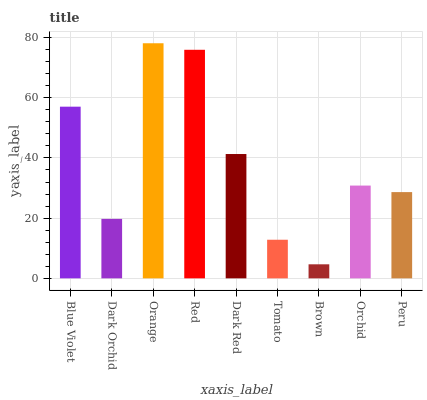
| xaxis_label | bars |
 | --- | --- |
 | Blue Violet | 57 |
 | Dark Orchid | 19.8 |
 | Orange | 78.1 |
 | Red | 75.9 |
 | Dark Red | 41.3 |
 | Tomato | 12.8 |
 | Brown | 4.66 |
 | Orchid | 30.8 |
 | Peru | 28.6 |